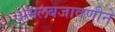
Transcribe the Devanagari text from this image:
अंमलबजावणीने